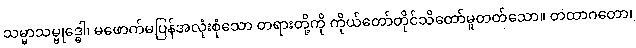
သမ္မာသမ္ဗုဒ္ဓေါ၊ မဖောက်မပြန်အလုံးစုံသော တရားတို့ကို ကိုယ်တော်တိုင်သိတော်မူတတ်သော။ တထာဂတော၊